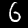
Digit: 6